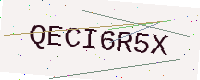
Text: QECI6R5X